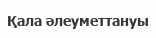
Қала әлеуметтануы